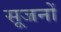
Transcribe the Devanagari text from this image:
सूजनों